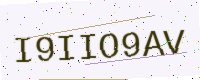
Text: I9IIO9AV